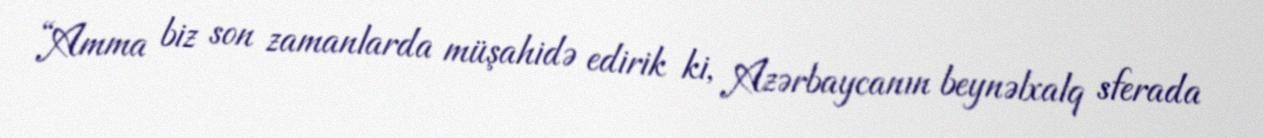
“Amma biz son zamanlarda müşahidə edirik ki, Azərbaycanın beynəlxalq sferada